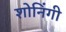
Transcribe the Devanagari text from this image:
शोनिंगी